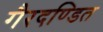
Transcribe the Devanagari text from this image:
गैरदण्डित